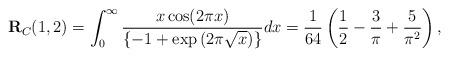
LaTeX: \begin{align*}\textbf{R}_{C}(1,2)=\int_{0}^{\infty}\frac{x\cos(2\pi x)}{\{-1+\exp{(2\pi\sqrt{x})}\}}dx=\frac{1}{64}\left(\frac{1}{2}-\frac{3}{\pi}+\frac{5}{\pi^{2}}\right),\end{align*}